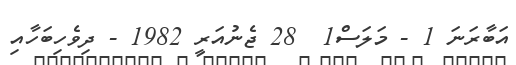
އަބާރަނަ 1 - މަލަސް1  28 ޖެނުއަރީ 1982 - ދިވެހިބަހާއި